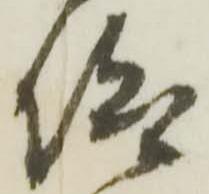
仰